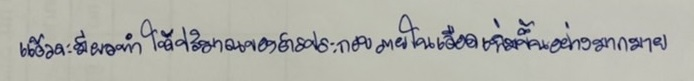
แล้วจะมีผลทำให้ปริมาณของสารประกอบภายในเลือดเพิ่มขึ้นอย่างมากมาย